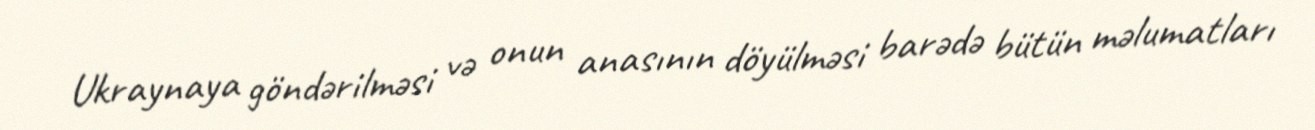
Ukraynaya göndərilməsi və onun anasının döyülməsi barədə bütün məlumatları